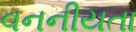
વનનીયતા